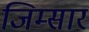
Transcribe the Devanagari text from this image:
जिम्सार